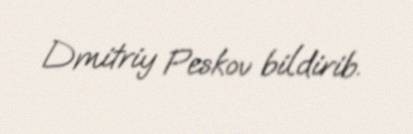
Dmitriy Peskov bildirib.